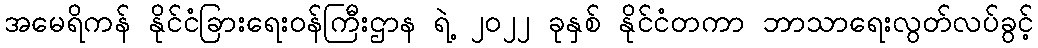
အမေရိကန် နိုင်ငံခြားရေးဝန်ကြီးဌာန ရဲ့ ၂၀၂၂ ခုနှစ် နိုင်ငံတကာ ဘာသာရေးလွတ်လပ်ခွင့်